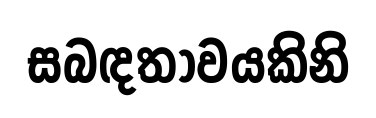
සබඳතාවයකිනි